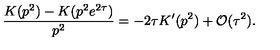
\frac { K ( p ^ { 2 } ) - K ( p ^ { 2 } e ^ { 2 \tau } ) } { p ^ { 2 } } = - 2 \tau K ^ { \prime } ( p ^ { 2 } ) + { \cal O } ( \tau ^ { 2 } ) .